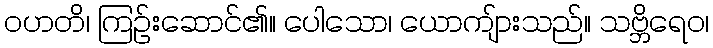
ဝဟတိ၊ ကြဉ်းဆောင်၏။ ပေါသော၊ ယောကျ်ားသည်။ သဗ္ဘိရေဝ၊